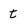
Character: t